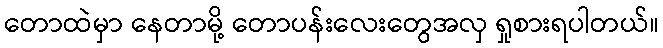
တောထဲမှာ နေတာမို့ တောပန်းလေးတွေအလှ ရှုစားရပါတယ်။